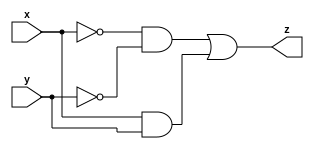
module comparator(
    input x,
    input y,
    output reg z
    );
 
reg p,q;	
always @(x,y)
begin
 
p = (~x & ~y);
q =  x & y;
 
z = p |q;
end
 
endmodule